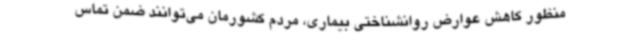
منظور کاهش عوارض روانشناختی بیماری، مردم کشورمان می‌توانند ضمن تماس